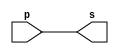
// ---------------------
// EXEMPLO 001 - BUFFER
// Nome: Rodolfo Herman
// ---------------------


// -------------------------
// -- buffer
// -------------------------
module buffer (output s, input p);
assign s = p; // criar vinculo permanente
// (dependencia)
endmodule // buffer
// -------------------------
// -- test buffer
// -------------------------
module testbuffer;
// ------------------------- dados locais
reg a; // definir registrador
// (variavel independente)
wire s; // definir conexao (fio)
// (variavel dependente )
// ------------------------- instancia
buffer BF1 (s, a);
// ------------------------- preparacao
initial begin:start
a=0; // valor inicial
end
// ------------------------- parte principal
initial begin:main
// execucao unitaria
$display("Exemplo 0001 - Rodolfo Herman - 451612");
$display("Test buffer:");
$display("\t time\ta = s");
// execucao permanente
$monitor("%d\t%b = %b", $time, a, s);
// apos uma unidade de tempo
// mudar valor do registrador para 0
#1 a=1;
// apos duas unidades de tempo
// mudar valor do registrador para 1
#2 a=0;
end
endmodule // testbuffer